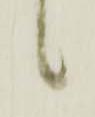
候